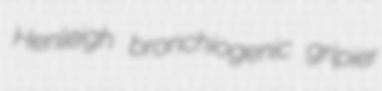
Henleigh bronchiogenic gripier